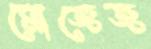
মোজেজ